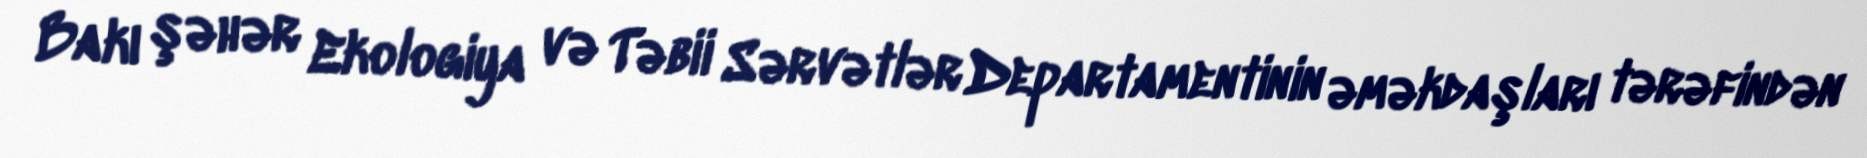
Bakı şəhər Ekologiya və Təbii Sərvətlər Departamentinin əməkdaşları tərəfindən